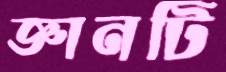
জ্ঞানটি